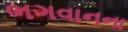
ભગવાનના